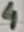
Text: 4